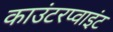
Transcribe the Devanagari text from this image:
काउंटरप्वाइंट